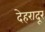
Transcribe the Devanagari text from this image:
देहरादूर